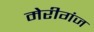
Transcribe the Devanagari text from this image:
मेरीगंज